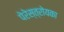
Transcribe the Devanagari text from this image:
पेरेस्त्रोयका